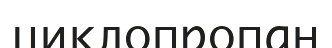
циклопропан